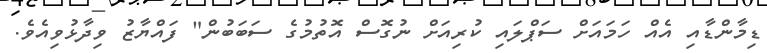
ޑިމާންޑާއި އެއް ހަމައަށް ސަޕްލައި ކުރިއަށް ނުގޮސް އޮތުމުގެ ސަަބަބުން" ފައްޔާޒު ވިދާޅުވިއެވެ.